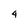
Character: 4